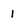
Character: 1